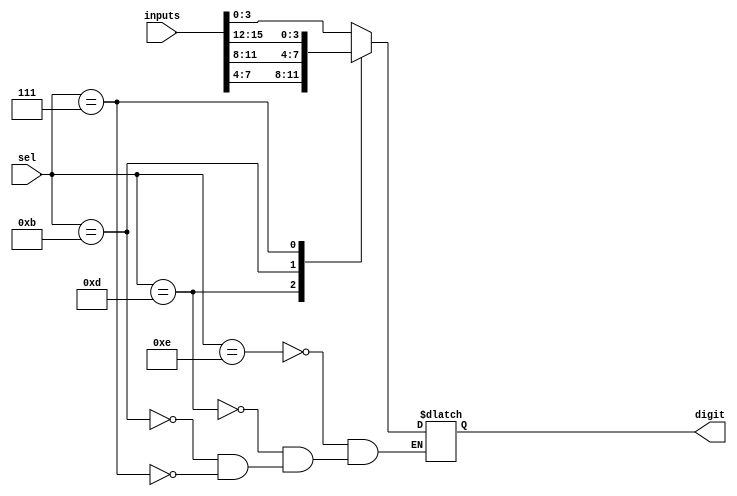
`timescale 1ns / 1ps
//////////////////////////////////////////////////////////////////////////////////
// Company: 
// Engineer: 
// 
// Design Name: 
// Module Name:    select_seg 
// Project Name: 
// Target Devices: 
// Tool versions: 
// Description: 
//
// Dependencies: 
//
// Revision: 
// Revision 0.01 - File Created
// Additional Comments: 
//
//////////////////////////////////////////////////////////////////////////////////
module select_seg(inputs, sel, digit);
input [15:0] inputs;
input [3:0] sel;
output reg [3:0] digit;
	always@(inputs or sel) begin
	case(sel)
	14: digit <= inputs[3:0];   //0111
	13: digit <= inputs[7:4];   //1011
	11: digit <= inputs[11:8];  //1101
	 7: digit <= inputs[15:12]; //1110
	endcase
	end	
endmodule